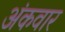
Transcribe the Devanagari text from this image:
अंकवार